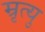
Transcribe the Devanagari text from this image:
म्रृत्यु